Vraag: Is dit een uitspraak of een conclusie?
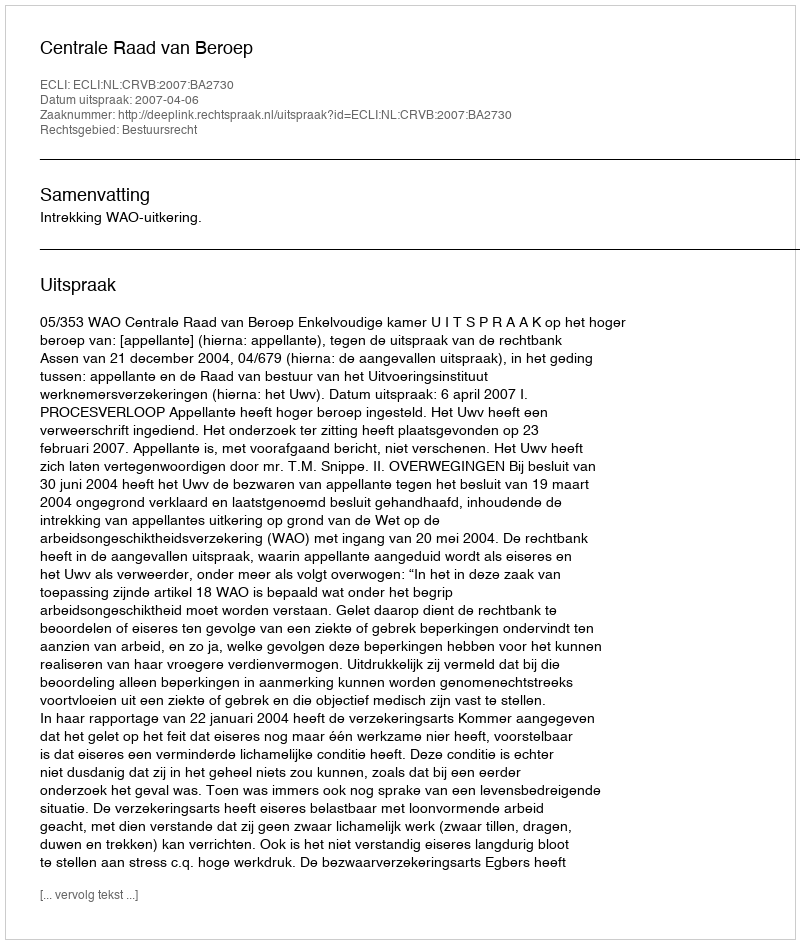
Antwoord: Uitspraak